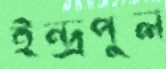
ইন্দ্রপুল